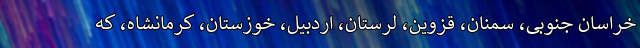
خراسان جنوبی، سمنان، قزوین، لرستان، اردبیل، خوزستان، کرمانشاه، که